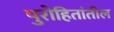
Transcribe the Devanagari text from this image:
पुरोहितांतील